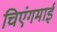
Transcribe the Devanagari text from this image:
चिएंगमाई